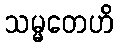
သမ္မတေဟိ